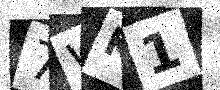
Text: 7WK1